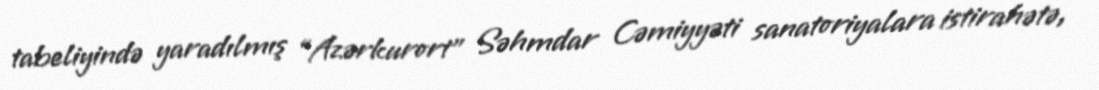
tabeliyində yaradılmış “Azərkurort” Səhmdar Cəmiyyəti sanatoriyalara istirahətə,